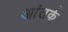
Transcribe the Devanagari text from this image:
आंतर्क